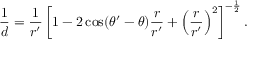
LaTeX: { \frac { 1 } { d } } = { \frac { 1 } { r ^ { \prime } } } \left[ 1 - 2 \cos ( \theta ^ { \prime } - \theta ) { \frac { r } { r ^ { \prime } } } + \left( { \frac { r } { r ^ { \prime } } } \right) ^ { 2 } \right] ^ { - { \frac { 1 } { 2 } } } .